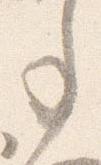
事